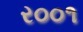
ર૦૦૧